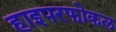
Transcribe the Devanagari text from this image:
हाइपरफोकल